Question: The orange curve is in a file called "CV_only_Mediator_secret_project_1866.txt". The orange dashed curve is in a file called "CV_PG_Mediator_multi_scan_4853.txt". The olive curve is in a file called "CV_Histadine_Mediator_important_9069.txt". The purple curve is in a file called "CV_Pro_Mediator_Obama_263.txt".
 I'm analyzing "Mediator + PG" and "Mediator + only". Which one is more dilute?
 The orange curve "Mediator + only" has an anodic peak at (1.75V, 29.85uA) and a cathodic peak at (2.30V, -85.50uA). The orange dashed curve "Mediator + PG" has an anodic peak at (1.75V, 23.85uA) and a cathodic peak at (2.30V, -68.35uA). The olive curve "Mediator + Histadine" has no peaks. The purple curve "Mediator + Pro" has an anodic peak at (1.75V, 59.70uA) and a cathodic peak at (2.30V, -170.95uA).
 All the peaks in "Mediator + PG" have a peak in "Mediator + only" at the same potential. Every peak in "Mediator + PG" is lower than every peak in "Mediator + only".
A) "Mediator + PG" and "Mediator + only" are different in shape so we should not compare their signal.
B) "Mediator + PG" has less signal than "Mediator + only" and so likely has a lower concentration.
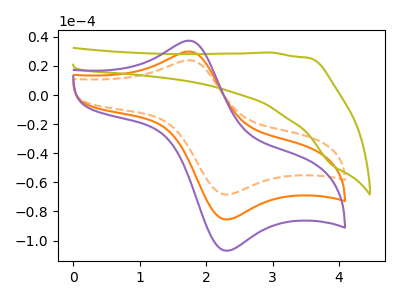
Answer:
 <answer>B) "Mediator + PG" has less signal than "Mediator + only" and so likely has a lower concentration.</answer>
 <eval>B</eval>